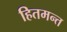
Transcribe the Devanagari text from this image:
हितमन्त